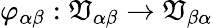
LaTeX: \varphi_{\alpha\beta}:\mathfrak{V}_{\alpha\beta}\to\mathfrak{V}_{\beta\alpha}